Annual report on the working of the lock hospitals in the Central Provinces
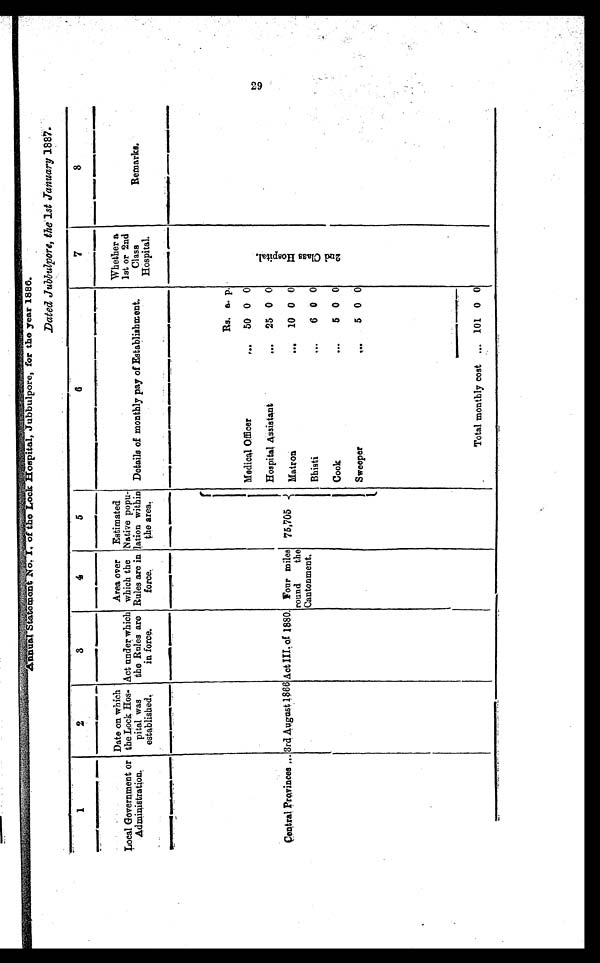
Dated Jubbulpore, the 1st January 1 8 8 7
1
2
3
4
5
6
7
8
Local Government or
Administration.
Date on which
the Lock Hos-
pital was
established.
Act under which
the Rules are
in force.
Area over
which the
Rules are in
force.
Estimated
Native popu-
lation within
the area.
Details of monthly pay of Establishment.
Whether a
1st or 2nd
Class
Hospital.
Remarks.
Rs. a. p.
2 n d C l a s s H o s p i t a l .
Medical Officer
...
50 0 0
Hospital Assistant
...
25 0 0
central provinces ... 3rd August 1866 Act III. of 1880. Four miles
round the
Cantonment.
75,705
Matron
...
10 0 0
Bhisti
...
6 0 0
t
Cook
...
5 0 0
Sweeper
...
5 0 0
Total monthly cost ... 101 0 0
29